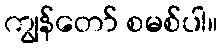
ကျွန်တော် စမစ်ပါ။